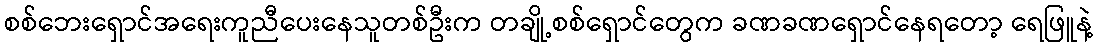
စစ်ဘေးရှောင်အရေးကူညီပေးနေသူတစ်ဦးက တချို့စစ်ရှောင်တွေက ခဏခဏရှောင်နေရတော့ ရေဖြူနဲ့